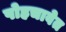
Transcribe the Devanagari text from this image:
पोहचावेत